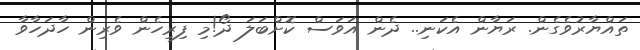
ތައްޔާރުވެގެން. ރަޔާން އެކަނި.. ދެން އަވަސް ކޮށްބަލަ ދޯ!މި ފިރިހެން ވެރިން ހާދަހާވާ